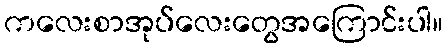
ကလေးစာအုပ်လေးတွေအကြောင်းပါ။